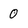
Character: 0